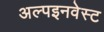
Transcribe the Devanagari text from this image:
अल्पइनवेस्ट